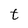
Character: t